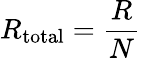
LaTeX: R_{\mathrm{total}}={\frac{R}{N}}